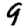
Digit: 9